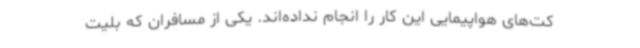
کت‌های هواپیمایی این کار را انجام نداده‌اند. یکی از مسافران که بلیت